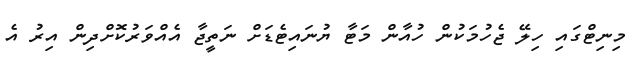
މިނިޓްގައި ހިލޭ ޖެހުމަކުން ހުއާން މަޓާ ޔުނައިޓެޑަށް ނަތީޖާ އެއްވަރުކޮށްދިން އިރު އެ